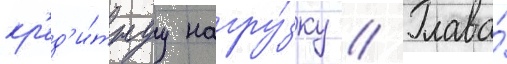
кр'ед'и́тнуу нагру́зку // Глава́